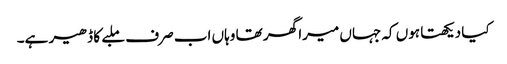
کیا دیکھتا ہوں کہ جہاں میرا گھر تھا وہاں اب صرف ملبے کا ڈھیر ہے۔